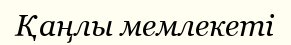
Қаңлы мемлекеті